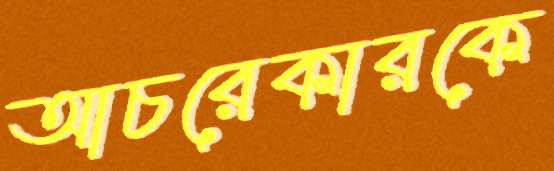
আচরেকারকে